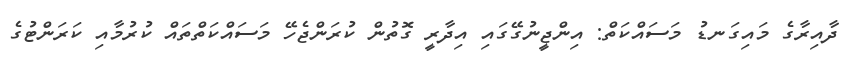
ދާއިރާގެ މައިގަނޑު މަސައްކަތް: އިންޖީނުގޭގައި އިދާރީ ގޮތުން ކުރަންޖެހޭ މަސައްކަތްތައް ކުރުމާއި ކަރަންޓުގެ